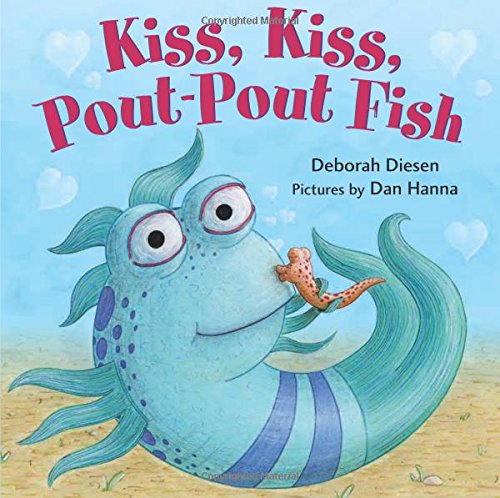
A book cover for Kiss, Kiss, Pout-Pout Fish (A Pout-Pout Fish Mini Adventure); Deborah Diesen; Children's Books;